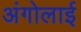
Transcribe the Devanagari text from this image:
अंगोलाई